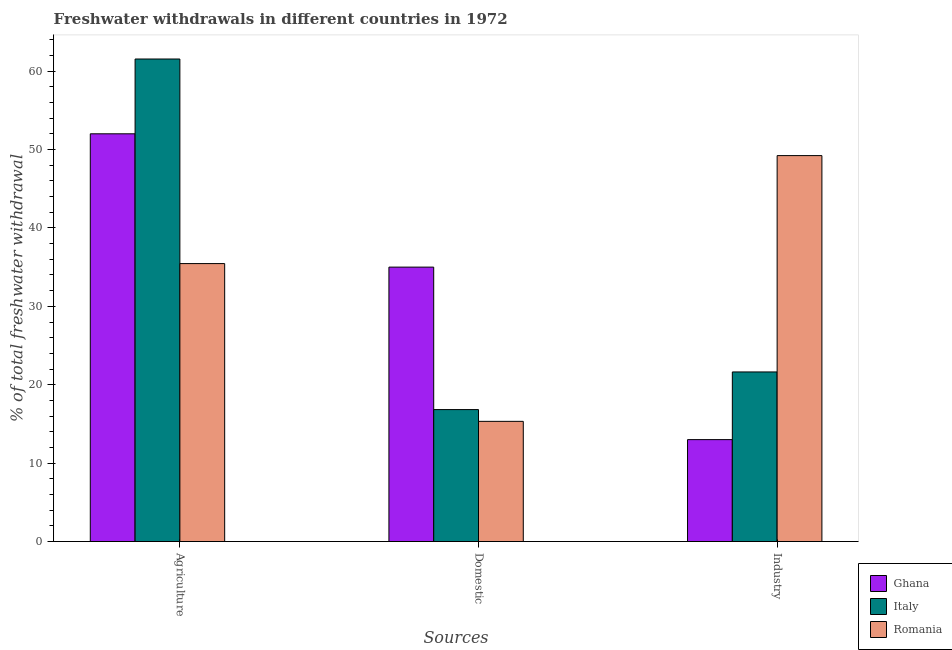
| Sources | Ghana | Italy | Romania |
 | --- | --- | --- | --- |
 | Agriculture | 52 | 61.5 | 35.5 |
 | Domestic | 35 | 16.8 | 15.3 |
 | Industry | 13 | 21.6 | 49.2 |